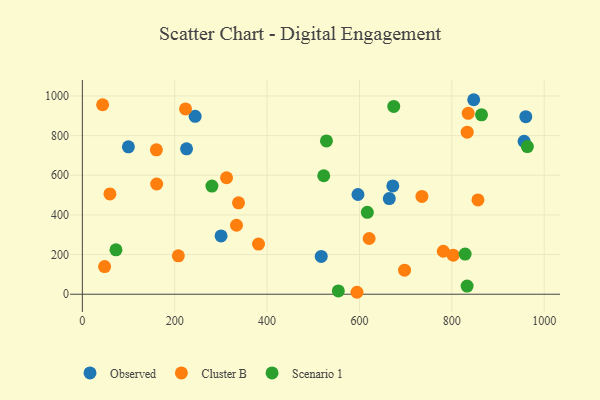
{"axis": {"x": "Ad Spend", "y": "Sales"}, "legend": ["Cluster B", "Observed", "Scenario 1"], "data": [{"x": "672.2", "y": 546.3, "type": "Observed"}, {"x": "847.3", "y": 981.1, "type": "Observed"}, {"x": "664.5", "y": 482.5, "type": "Observed"}, {"x": "517.2", "y": 190.4, "type": "Observed"}, {"x": "960.1", "y": 895.5, "type": "Observed"}, {"x": "225.6", "y": 733.6, "type": "Observed"}, {"x": "300.3", "y": 294.1, "type": "Observed"}, {"x": "244.2", "y": 897.5, "type": "Observed"}, {"x": "956.4", "y": 771.1, "type": "Observed"}, {"x": "596.7", "y": 502.9, "type": "Observed"}, {"x": "99.7", "y": 743.6, "type": "Observed"}, {"x": "381.4", "y": 253.0, "type": "Cluster B"}, {"x": "594.6", "y": 9.8, "type": "Cluster B"}, {"x": "781.5", "y": 216.7, "type": "Cluster B"}, {"x": "43.9", "y": 955.8, "type": "Cluster B"}, {"x": "856.5", "y": 475.6, "type": "Cluster B"}, {"x": "160.3", "y": 728.2, "type": "Cluster B"}, {"x": "620.9", "y": 281.0, "type": "Cluster B"}, {"x": "160.9", "y": 555.9, "type": "Cluster B"}, {"x": "735.2", "y": 493.5, "type": "Cluster B"}, {"x": "697.6", "y": 121.3, "type": "Cluster B"}, {"x": "312.2", "y": 587.4, "type": "Cluster B"}, {"x": "59.7", "y": 505.9, "type": "Cluster B"}, {"x": "833.2", "y": 817.6, "type": "Cluster B"}, {"x": "333.7", "y": 347.9, "type": "Cluster B"}, {"x": "207.8", "y": 193.8, "type": "Cluster B"}, {"x": "802.9", "y": 197.1, "type": "Cluster B"}, {"x": "338.1", "y": 460.9, "type": "Cluster B"}, {"x": "223.4", "y": 934.5, "type": "Cluster B"}, {"x": "48.2", "y": 139.3, "type": "Cluster B"}, {"x": "835.4", "y": 912.6, "type": "Cluster B"}, {"x": "828.7", "y": 202.4, "type": "Scenario 1"}, {"x": "674.2", "y": 947.3, "type": "Scenario 1"}, {"x": "617.0", "y": 412.9, "type": "Scenario 1"}, {"x": "72.8", "y": 224.1, "type": "Scenario 1"}, {"x": "864.2", "y": 904.9, "type": "Scenario 1"}, {"x": "963.5", "y": 744.6, "type": "Scenario 1"}, {"x": "833.0", "y": 40.9, "type": "Scenario 1"}, {"x": "554.2", "y": 16.8, "type": "Scenario 1"}, {"x": "528.5", "y": 773.2, "type": "Scenario 1"}, {"x": "522.6", "y": 597.5, "type": "Scenario 1"}, {"x": "280.5", "y": 545.6, "type": "Scenario 1"}]}